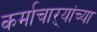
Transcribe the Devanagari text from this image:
कर्माचाऱ्यांच्या